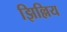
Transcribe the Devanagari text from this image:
झिल्लिय